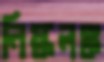
নিষ্কলঙ্ক